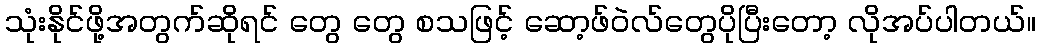
သုံးနိုင်ဖို့အတွက်ဆိုရင် တွေ တွေ စသဖြင့် ဆော့ဖ်ဝဲလ်တွေပိုပြီးတော့ လိုအပ်ပါတယ်။